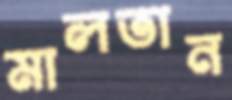
মালতান